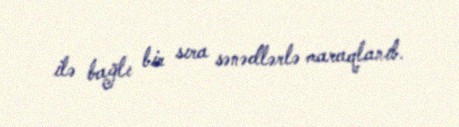
ilə bağlı bir sıra sənədlərlə maraqlanıb.